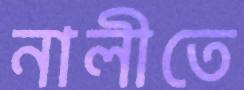
নালীতে